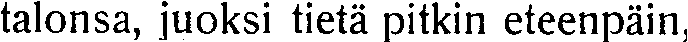
talonsa, juoksi tietä pitkin eteenpäin,